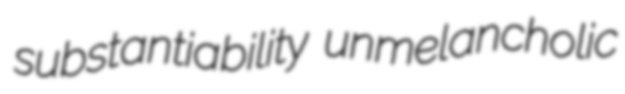
substantiability unmelancholic